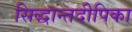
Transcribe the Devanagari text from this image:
सिद्धान्तदीपिका